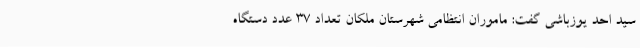
سید احد یوزباشی گفت: ماموران انتظامی شهرستان ملکان تعداد 37 عدد دستگاه